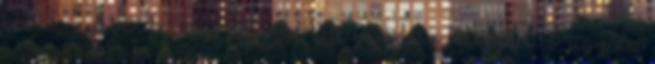
Eredményesen kezelik alfával a szenvedély betegeket is, úgy az